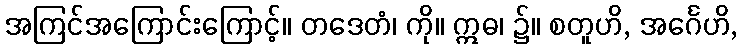
အကြင်အကြောင်းကြောင့်။ တဒေတံ၊ ကို။ ဣဓ၊ ၌။ စတူဟိ, အင်္ဂေဟိ,